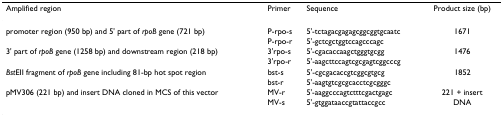
| Amplified region | Primer | Sequence | Product size (bp) |
 | --- | --- | --- | --- |
 | promoter region (950 bp) and 5' part of rpoB gene (721 bp) | P-rpo-s | 5'-tctagacgagagcggcggtgcaatc | 1671 |
 |  | P-rpo-r | 5'-gctcgctggtccagcccagc |  |
 | 3' part of rpoB gene (1258 bp) and downstream region (218 bp) | 3'rpo-s | 5'-cgacaccaagctgggtgcgg | 1476 |
 |  | 3'rpo-r | 5'-aagcttccagtcgcgagtcggcccg |  |
 | BstEII fragment of rpoB gene including 81-bp hot spot region | bst-s | 5'-cgcgacaccgtcggcgtgcg | 1852 |
 |  | bst-r | 5'-aagtgtcgcgcacctcgcgggc |  |
 | pMV306 (221 bp) and insert DNA cloned in MCS of this vector | MV-r | 5'-aaggcccagtctttcgactgagc | 221 + insert |
 |  | MV-s | 5'-gtggataaccgtattaccgcc | DNA |